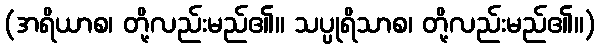
(အရိယာစ၊ တို့လည်းမည်၏။ သပ္ပုရိသာစ၊ တို့လည်းမည်၏။)